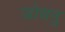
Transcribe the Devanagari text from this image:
जोधनु